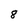
Character: 8